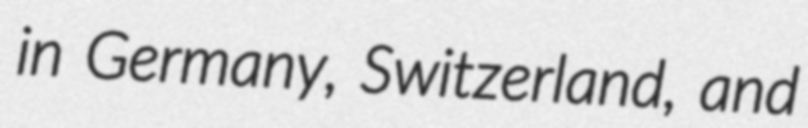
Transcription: in Germany, Switzerland, and